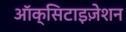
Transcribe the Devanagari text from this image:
ऑक्सिटाइज़ेशन